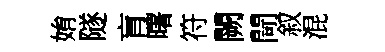
姢隧肓曙符闕閜叙混